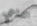
الداعي